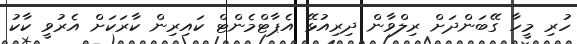
ހުރި މީހާ ގޭބަންދަށް ރިލްވާން ދިރިއުޅޭ އެޕާޓްމެންޓް ކައިރިން ކާރަކަށް އެރުވީ ކާކު